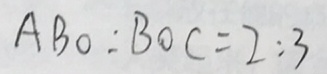
A B O : B O C = 2 : 3